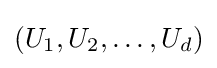
(U_{1},U_{2},\dots ,U_{d})